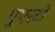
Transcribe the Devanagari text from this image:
पुएरटो